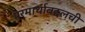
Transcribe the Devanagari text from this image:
परमार्थाबद्दलची